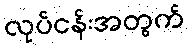
လုပ်ငန်းအတွက်